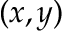
( x , y )